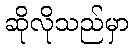
ဆိုလိုသည်မှာ